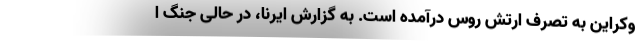
وکراین به تصرف ارتش روس درآمده است. به گزارش ایرنا، در حالی جنگ ا